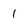
Character: 1